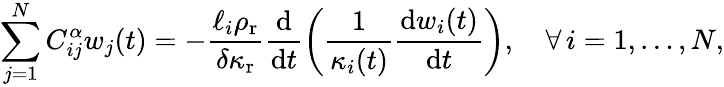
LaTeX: \sum_{j=1}^{N}C_{ij}^{\alpha}w_{j}(t)=-\frac{\ell_{i}\rho_{\mathrm{r}}}{\delta\kappa_{\mathrm{r}}}\frac{\mathrm{d}}{\mathrm{d}t}\left(\frac{1}{\kappa_{i}(t)}\frac{\mathrm{d}w_{i}(t)}{\mathrm{d}t}\right),\quad\forall\, i=1,\dots,N,